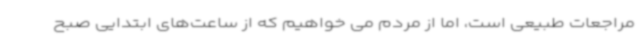
مراجعات طبیعی است، اما از مردم می خواهیم که از ساعت‌های ابتدایی صبح